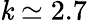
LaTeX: \mathit{k}\simeq2.7